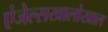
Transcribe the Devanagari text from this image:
एंजेल्सखालोखाल